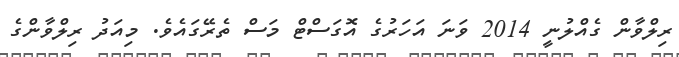
ރިލްވާން ގެއްލުނީ 2014 ވަނަ އަހަރުގެ އޮގަސްޓް މަސް ތެރޭގައެވެ. މިއަދު ރިލްވާންގެ